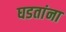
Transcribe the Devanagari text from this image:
घडतांना